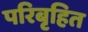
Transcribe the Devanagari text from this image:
परिबृहित